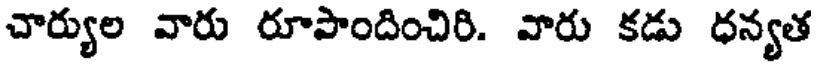
చార్యుల వారు రూపాందించిరి. వారు కడు ధన్యత